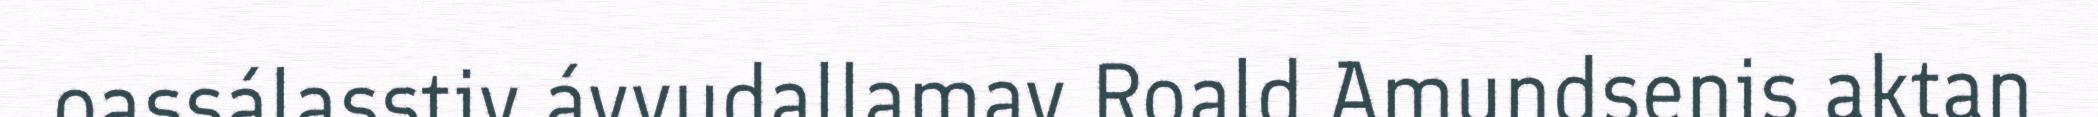
oassálasstiv ávvudallamav Roald Amundsenis aktan